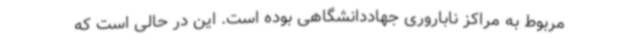
مربوط به مراکز ناباروری جهاددانشگاهی بوده است. این در حالی است که